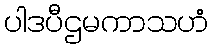
ပါဒပီဌမကာသဟံ